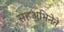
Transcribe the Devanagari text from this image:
सहअभिनेते